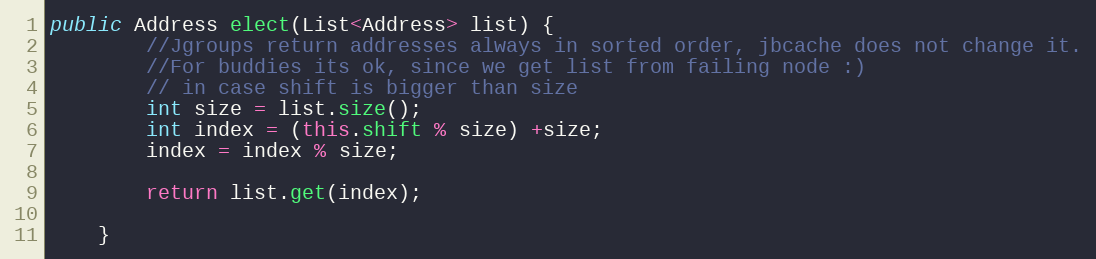
Language: Java
public Address elect(List<Address> list) {
		//Jgroups return addresses always in sorted order, jbcache does not change it.
		//For buddies its ok, since we get list from failing node :)
		// in case shift is bigger than size
		int size = list.size();
		int index = (this.shift % size) +size;
		index = index % size;

		return list.get(index);

	}